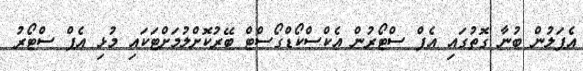
އެޕަލުން ބުނާ ގޮތުގައި އެޕް ސްޓޯރުން އެކްސްކޯޑްގޯސްޓް ބޭރުކޮށްލުމަށްޓަކައި މުޅި އެޕް ސްޓޯރު